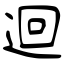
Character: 迴